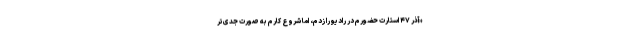
«آذر ۴۷ استارت حضورم در رادیو را زدم، اما شروع کارم به صورت جدی‌تر